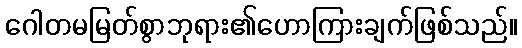
ဂေါတမမြတ်စွာဘုရား၏ဟောကြားချက်ဖြစ်သည်။